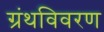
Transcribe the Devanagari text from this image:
ग्रंथविवरण